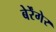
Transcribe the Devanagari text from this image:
बेर्रेंगेर